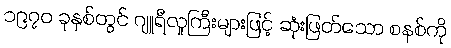
၁၉၇၀ ခုနှစ်တွင် ဂျူရီလူကြီးများဖြင့် ဆုံးဖြတ်သော စနစ်ကို